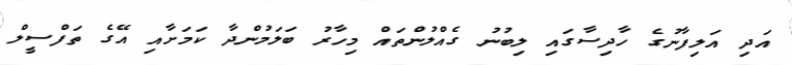
އަދި އަލިފާނުގެ ހާދިސާގައި ލިބުނު ގެއްލުންތައް މިހާރު ބަލަމުންދާ ކަމަށާއި އޭގެ ތަފްސީލް